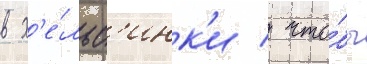
в х'е́льс'инк'и / что́бы